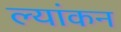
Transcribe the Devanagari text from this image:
ल्यांकन